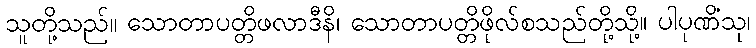
သူတို့သည်။ သောတာပတ္တိဖလာဒီနိ၊ သောတာပတ္တိဖိုလ်စသည်တို့သို့။ ပါပုဏိံသု၊